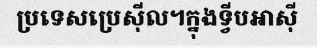
ប្រទេសប្រេស៊ីល។ក្នុងទ្វីបអាស៊ី